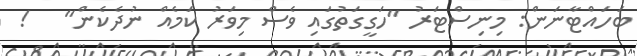
ބަަހައްޓާނަން: މިނިސްޓަރު "ހަގީގަތުގައި ވެސް މިވަރު ކަމެއް ނުދެކެން"   !